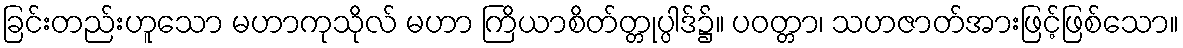
ခြင်းတည်းဟူသော မဟာကုသိုလ် မဟာ ကြိယာစိတ်တ္တုပ္ပါဒ်၌။ ပဝတ္တာ၊ သဟဇာတ်အားဖြင့်ဖြစ်သော။